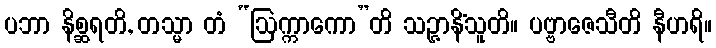
ပဘာ နိစ္ဆရတိ, တသ္မာ တံ “ဩက္ကာကော”တိ သဉ္ဇာနိံသူတိ။ ပဗ္ဗာဇေသီတိ နီဟရိ။